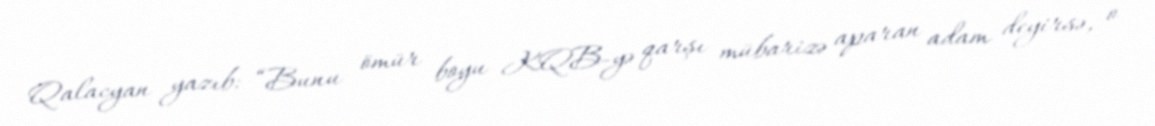
Qalacyan yazıb: “Bunu ömür boyu KQB-yə qarşı mübarizə aparan adam deyirsə, o